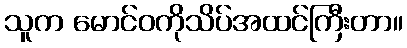
သူက မောင်ဝကိုသိပ်အထင်ကြီးတာ။